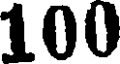
100